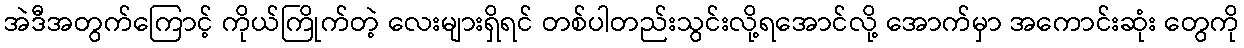
အဲဒီအတွက်ကြောင့် ကိုယ်ကြိုက်တဲ့ လေးများရှိရင် တစ်ပါတည်းသွင်းလို့ရအောင်လို့ အောက်မှာ အကောင်းဆုံး တွေကို